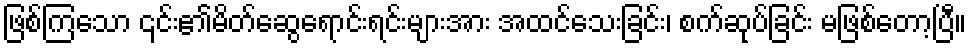
ဖြစ်ကြသော ၎င်း၏မိတ်ဆွေရောင်းရင်းများအား အထင်သေးခြင်း၊ စက်ဆုပ်ခြင်း မဖြစ်တော့ပြီ။